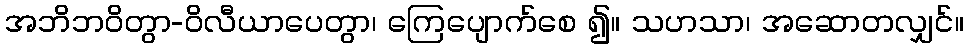
အဘိဘဝိတွာ-ဝိလီယာပေတွာ၊ ကြေပျောက်စေ ၍။ သဟသာ၊ အဆောတလျှင်။